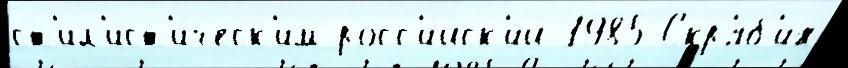
ст'ил'ист'и́ческ'им росс'и́йск'ий 1985 Скр'я́б'ин